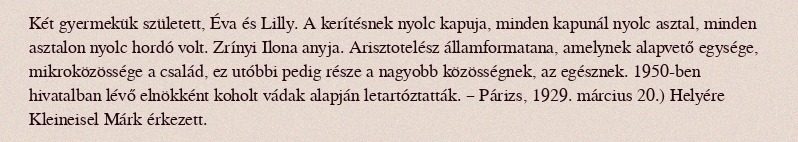
Két gyermekük született, Éva és Lilly. A kerítésnek nyolc kapuja, minden kapunál nyolc asztal, minden asztalon nyolc hordó volt. Zrínyi Ilona anyja. Arisztotelész államformatana, amelynek alapvető egysége, mikroközössége a család, ez utóbbi pedig része a nagyobb közösségnek, az egésznek. 1950-ben hivatalban lévő elnökként koholt vádak alapján letartóztatták. – Párizs, 1929. március 20.) Helyére Kleineisel Márk érkezett.